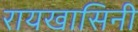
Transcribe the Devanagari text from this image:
रायखासिनी